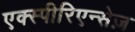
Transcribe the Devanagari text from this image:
एक्स्पीरिएन्सेज़